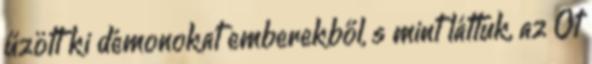
űzött ki démonokat emberekből, s mint láttuk, az Őt